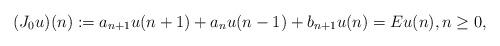
LaTeX: \begin{align*} (J_0u)(n):= a_{n+1} u({n+1})+a_n u({n-1})+b_{n+1}u(n)=Eu(n), n\geq 0,\end{align*}